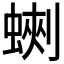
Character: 𧎈